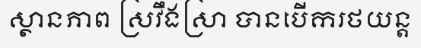
ស្ថានភាព ស្រវឹងស្រា បានបើករថយន្ត